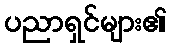
ပညာရှင်များ၏